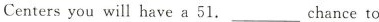
Centers you will have a 51.___chance to